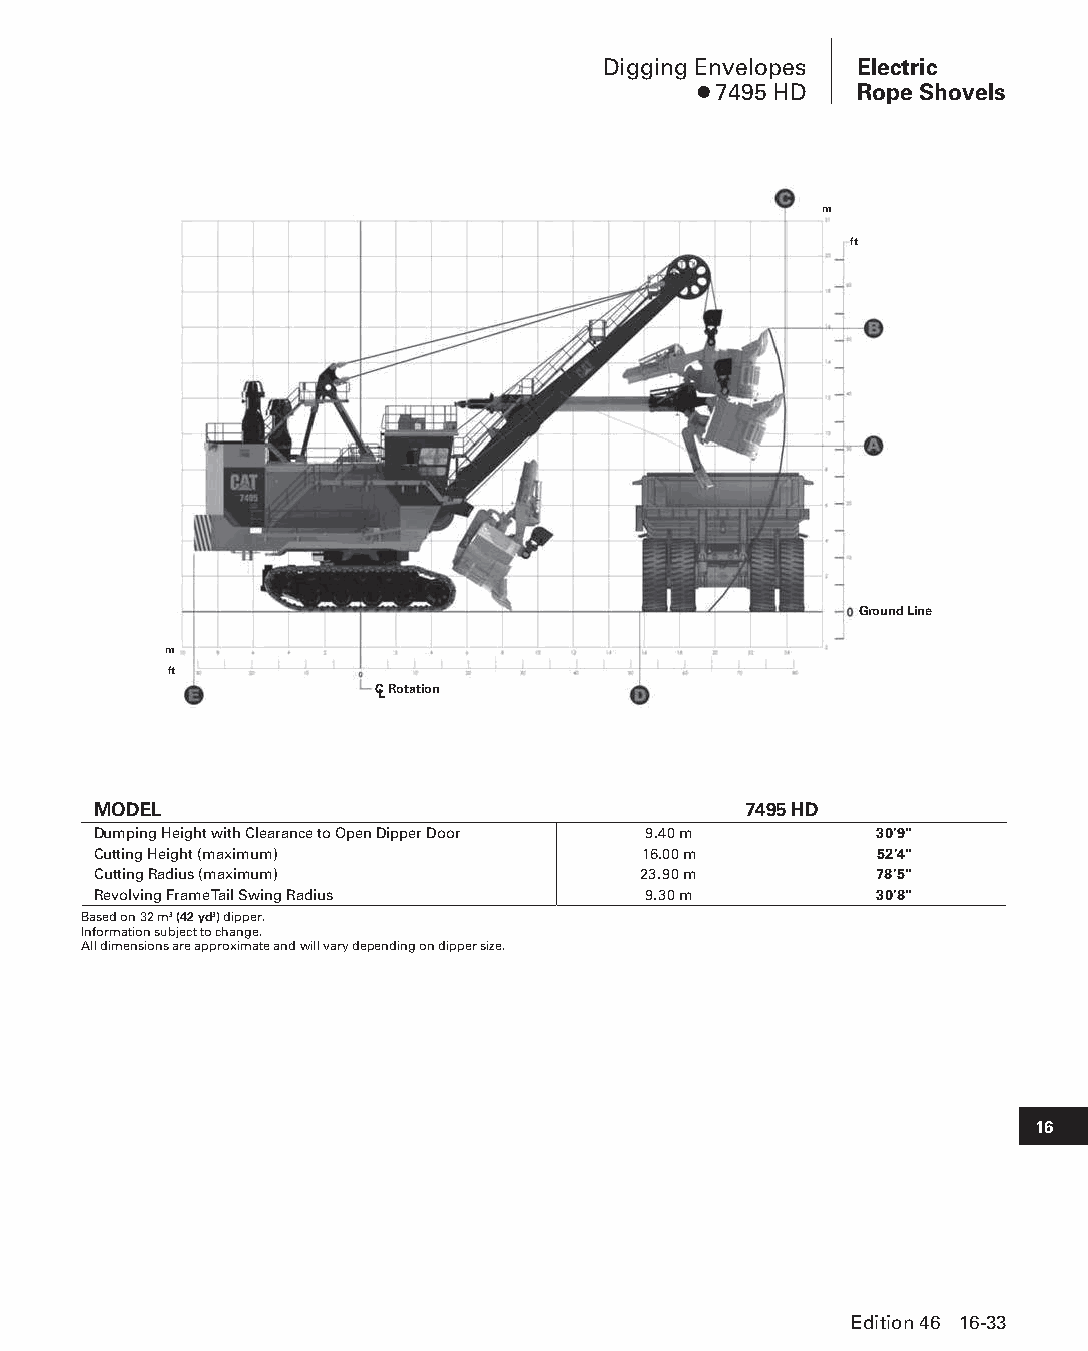
Digging Envelopes Electric
 ● 7495 HD  Rope Shovels
 m
 ft
 Ground Line
 m
 ft
 CL Rotation
 MODEL                                      7495 HD
 Dumping Height with Clearance to Open Dipper Door 9.40 m 30'9"
 Cutting Height (maximum)            16.00 m        52'4"
 Cutting Radius (maximum)            23.90 m        78'5"
 Revolving Frame Tail Swing Radius   9.30 m         30'8"
 Based on 32 m3 (42 yd3) dipper.
 Information subject to change.
 All dimensions are approximate and will vary depending on dipper size.
 16
 Edition 46 16-33
 PPHHBB--SSeecc1166--EElleeccttrriiccRRooppeeSShhoovveellss((ppgg002255--004488))..iinndddd 3333 1122//44//1155 1100::5533 AAMM